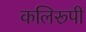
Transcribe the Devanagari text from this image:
कलिरूपी